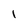
Character: 1